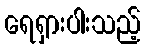
ရေရှားပါးသည့်